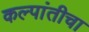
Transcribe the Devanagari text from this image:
कल्पांतीचा